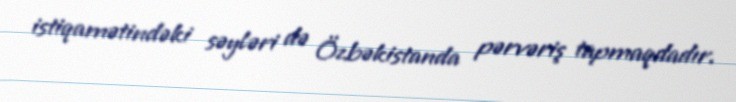
istiqamətindəki səyləri də Özbəkistanda pərvəriş tapmaqdadır.